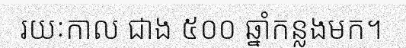
រយៈកាល ជាង ៥០០ ឆ្នាំកន្លងមក។